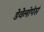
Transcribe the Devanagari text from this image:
डेवेलोपेर्स